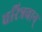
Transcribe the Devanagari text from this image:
चरित्रवान्‌